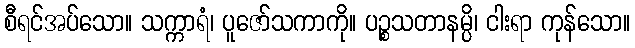
စီရင်အပ်သော။ သက္ကာရံ၊ ပူဇော်သကာကို။ ပဉ္စသတာနမ္ပိ၊ ငါးရာ ကုန်သော။